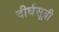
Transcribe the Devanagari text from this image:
दीर्घसूत्री